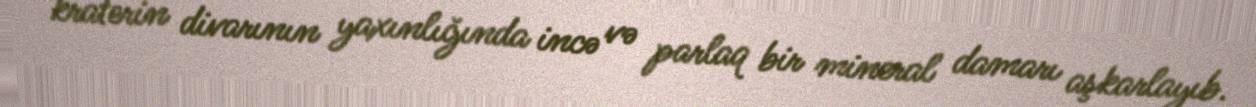
kraterin divarının yaxınlığında incə və parlaq bir mineral damarı aşkarlayıb.